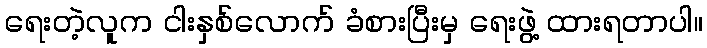
ရေးတဲ့လူက ငါးနှစ်လောက် ခံစားပြီးမှ ရေးဖွဲ့ ထားရတာပါ။